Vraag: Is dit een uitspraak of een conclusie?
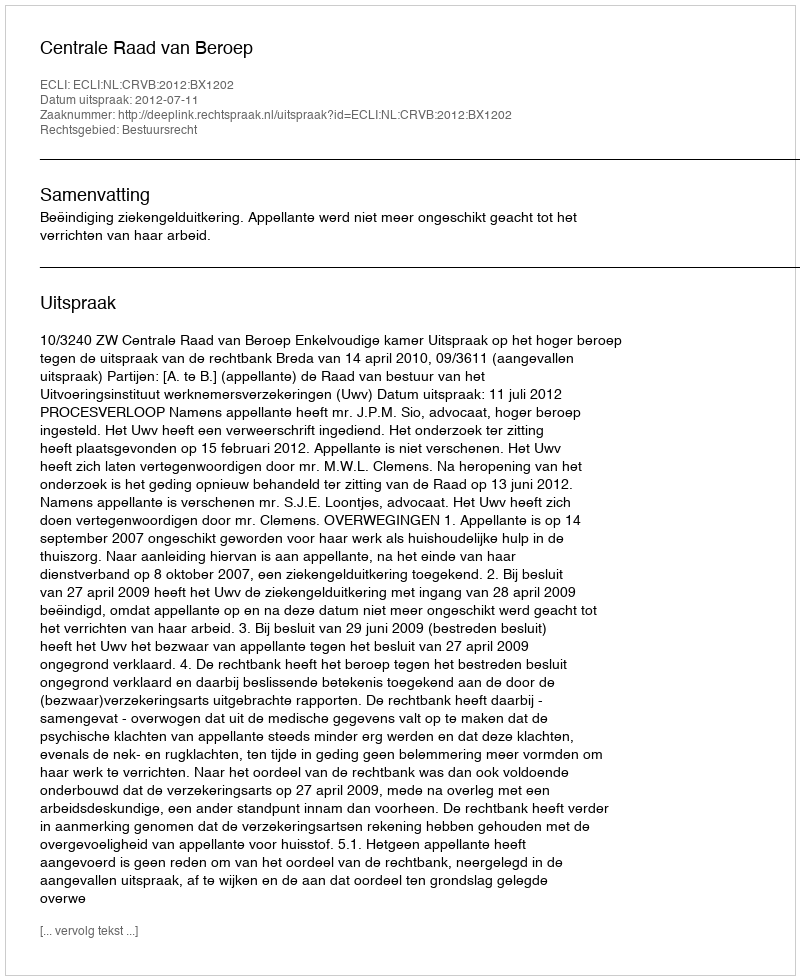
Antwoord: Uitspraak